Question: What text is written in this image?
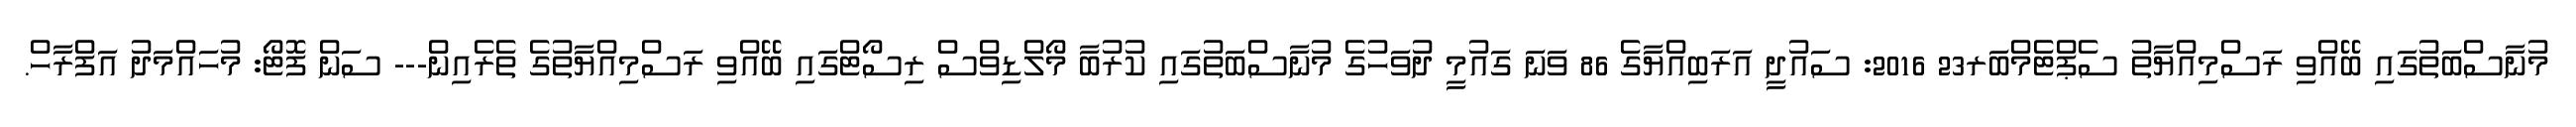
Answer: މުނާސްބަތުގައި ބޭއްވި ރަސްމިއްޔާތު ސެޕްޓެމްބަރ23 2016: ސައުދީ އަރަބިއްޔާގެ 86 ވަނަ ގައުމީ ދުވަހުގެ މުނާސްބަތުގައި ކުރުބާ މޯލްޑިވްސް ރިސޯޓްގައި ބޭއްވި ރަސްމިއްޔާތުގެ ތެރެއިން--- ސަން ފޮޓޯ: މުހައްމަދު އަފްރާހް.